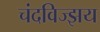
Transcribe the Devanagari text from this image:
चंदविज्झय